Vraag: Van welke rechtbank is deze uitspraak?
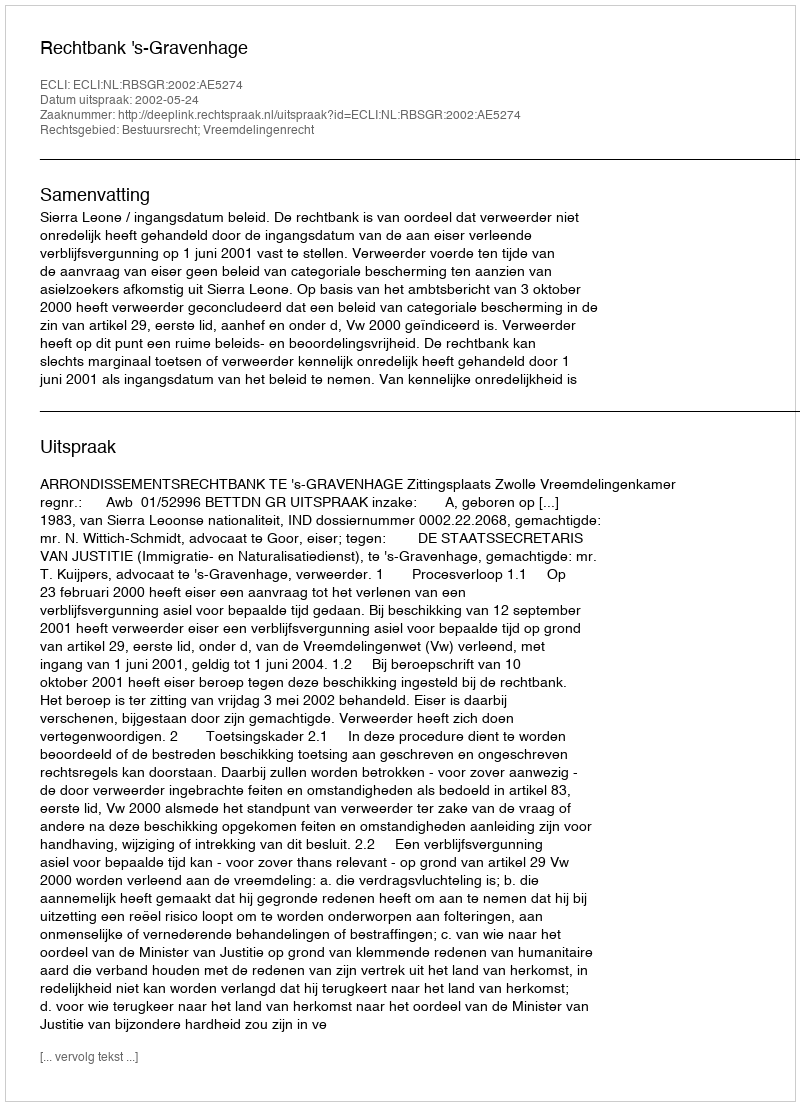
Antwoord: Rechtbank 's-Gravenhage